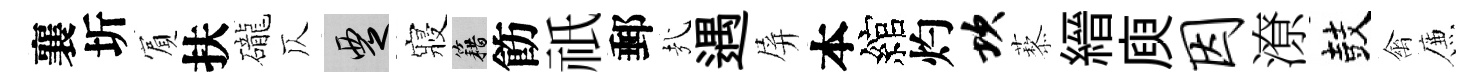
襄圻賔扶礲仄覂寢籍飭祇郵㢤遇屏本綰灼坎藜縉庾因潦鼓禽簾